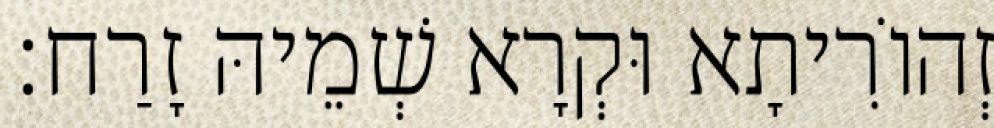
זְהוֹרִיתָא וּקְרָא שְׁמֵיהּ זָרַח׃